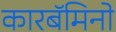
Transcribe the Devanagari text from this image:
कारबॅमिनो